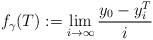
LaTeX: \begin{align*} f_{\gamma}(T):=\lim_{i\to \infty} {y_0- y_i^T\over i} \end{align*}